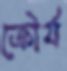
ক্রৌর্য